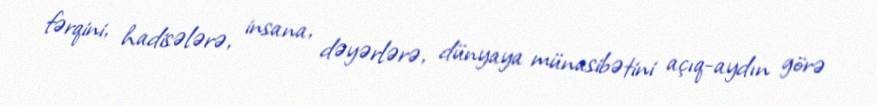
fərqini, hadisələrə, insana, dəyərlərə, dünyaya münasibətini açıq-aydın görə